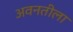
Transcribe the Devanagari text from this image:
अवनतीला